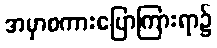
အမှာစကားပြောကြားရာ၌